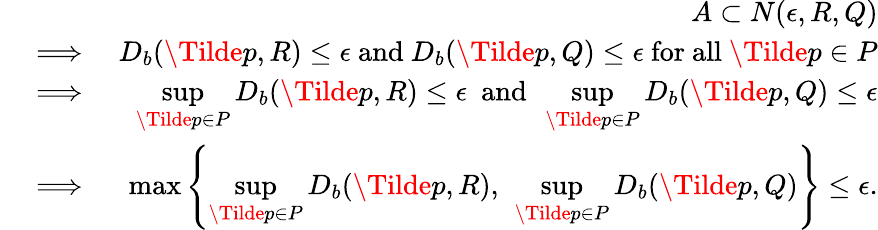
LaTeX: \begin{array}{rlr}&{}&{A\subset N(\epsilon,R,Q)}\\ &{\implies}&{D_{b}(\Tilde{p},R)\leq\epsilon~\mathrm{and}~D_{b}(\Tilde{p},Q)\leq\epsilon~\mathrm{for~all}~\Tilde{p}\in P}\\ &{\implies}&{\underset{\Tilde{p}\in P}{\operatorname*{sup}}D_{b}(\Tilde{p},R)\leq\epsilon~~\mathrm{and}~~\underset{\Tilde{p}\in P}{\operatorname*{sup}}D_{b}(\Tilde{p},Q)\leq\epsilon}\\ &{\implies}&{\operatorname*{max}\left\{ \underset{\Tilde{p}\in P}{\operatorname*{sup}}D_{b}(\Tilde{p},R),~\underset{\Tilde{p}\in P}{\operatorname*{sup}}D_{b}(\Tilde{p},Q)\right\} \leq\epsilon.}\end{array}